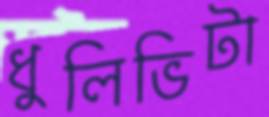
ধুলিভিটা